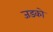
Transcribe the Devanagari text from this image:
जडको